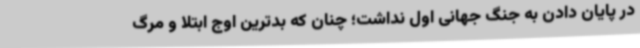
در پایان دادن به جنگ جهانی اول نداشت؛ چنان که بدترین اوج ابتلا و مرگ